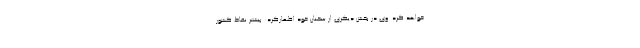
خواهد کرد. وی در بخش دیگری از سخنان خود اظهارکرد: بیشتر نقاط کشور